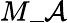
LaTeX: M\_ \mathcal{A}